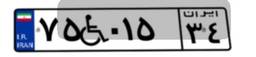
۷۵W۰۱۵۳۴